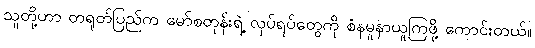
သူတို့ဟာ တရုတ်ပြည်က မော်စတုန်းရဲ့ လုပ်ရပ်တွေကို စံနမူနာယူကြဖို့ ကောင်းတယ်။